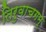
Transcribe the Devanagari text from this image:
तिरुवाचगम्‌